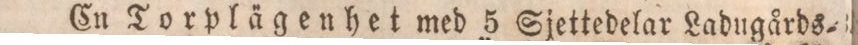
En Torplägenhet med 5 Sjettedelar Ladugårds=